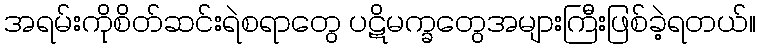
အရမ်းကိုစိတ်ဆင်းရဲစရာတွေ ပဋိမက္ခတွေအများကြီးဖြစ်ခဲ့ရတယ်။